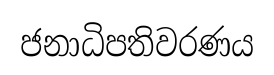
ජනාධිපතිවරණය